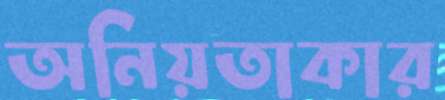
অনিয়তাকার